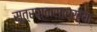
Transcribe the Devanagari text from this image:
सूत्रपाठासारख्या